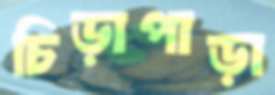
চিড়াপাড়া